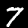
Label: 7